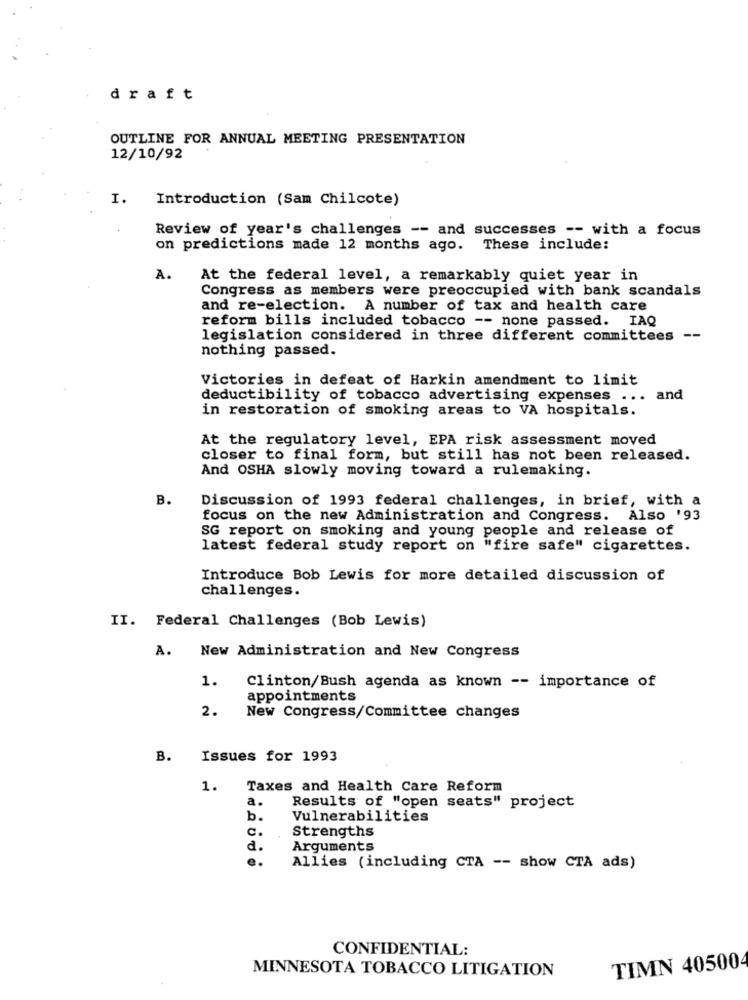
draft
OUTLINE FOR ANNUAL MEETING PRESENTATION
12/10/92
I.
Introduction (Sam Chilcote)
Review of year's challenges -- and successes -- with a focus
on predictions made 12 months ago. These include:
A.
At the federal level, a remarkably quiet year in
Congress as members were preoccupied with bank scandals
and re-election. A number of tax and health care
reform bills included tobacco -- none passed. IAQ
legislation considered in three different committees --
nothing passed.
Victories in defeat of Harkin amendment to limit
deductibility of tobacco advertising expenses ... and
in restoration of smoking areas to VA hospitals.
At the regulatory level, EPA risk assessment moved
closer to final form, but still has not been released.
And OSHA slowly moving toward a rulemaking.
B.
Discussion of 1993 federal challenges, in brief, with a
focus on the new Administration and Congress. Also '93
SG report on smoking and young people and release of
latest federal study report on "fire safe" cigarettes.
Introduce Bob Lewis for more detailed discussion of
challenges.
II. Federal Challenges (Bob Lewis)
A.
New Administration and New Congress
1.
Clinton/Bush agenda as known -- importance of
appointments
2.
New Congress/Committee changes
B.
Issues for 1993
1.
Taxes and Health Care Reform
a.
Results of "open seats" project
b.
Vulnerabilities
C.
Strengths
d.
Arguments
Allies (including CTA -- show CTA ads)
CONFIDENTIAL:
TIMN 405004
MINNESOTA TOBACCO LITIGATION